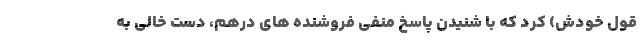
قول خودش) کرد که با شنیدن پاسخ منفی فروشنده های درهم، دست خالی به